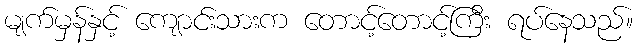
မျက်မှန်နှင့် ကျောင်းသားက တောင့်တောင့်ကြီး ရပ်နေသည်။